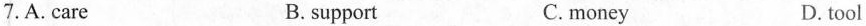
7.A. care B. support C. money D. tool